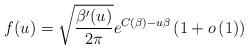
LaTeX: \begin{align*}f(u)= \sqrt{\frac{\beta^\prime (u)}{2 \pi}}e^{C(\beta)-u\beta }\left(1+o\left(1 \right) \right)\end{align*}